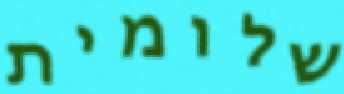
שלומית